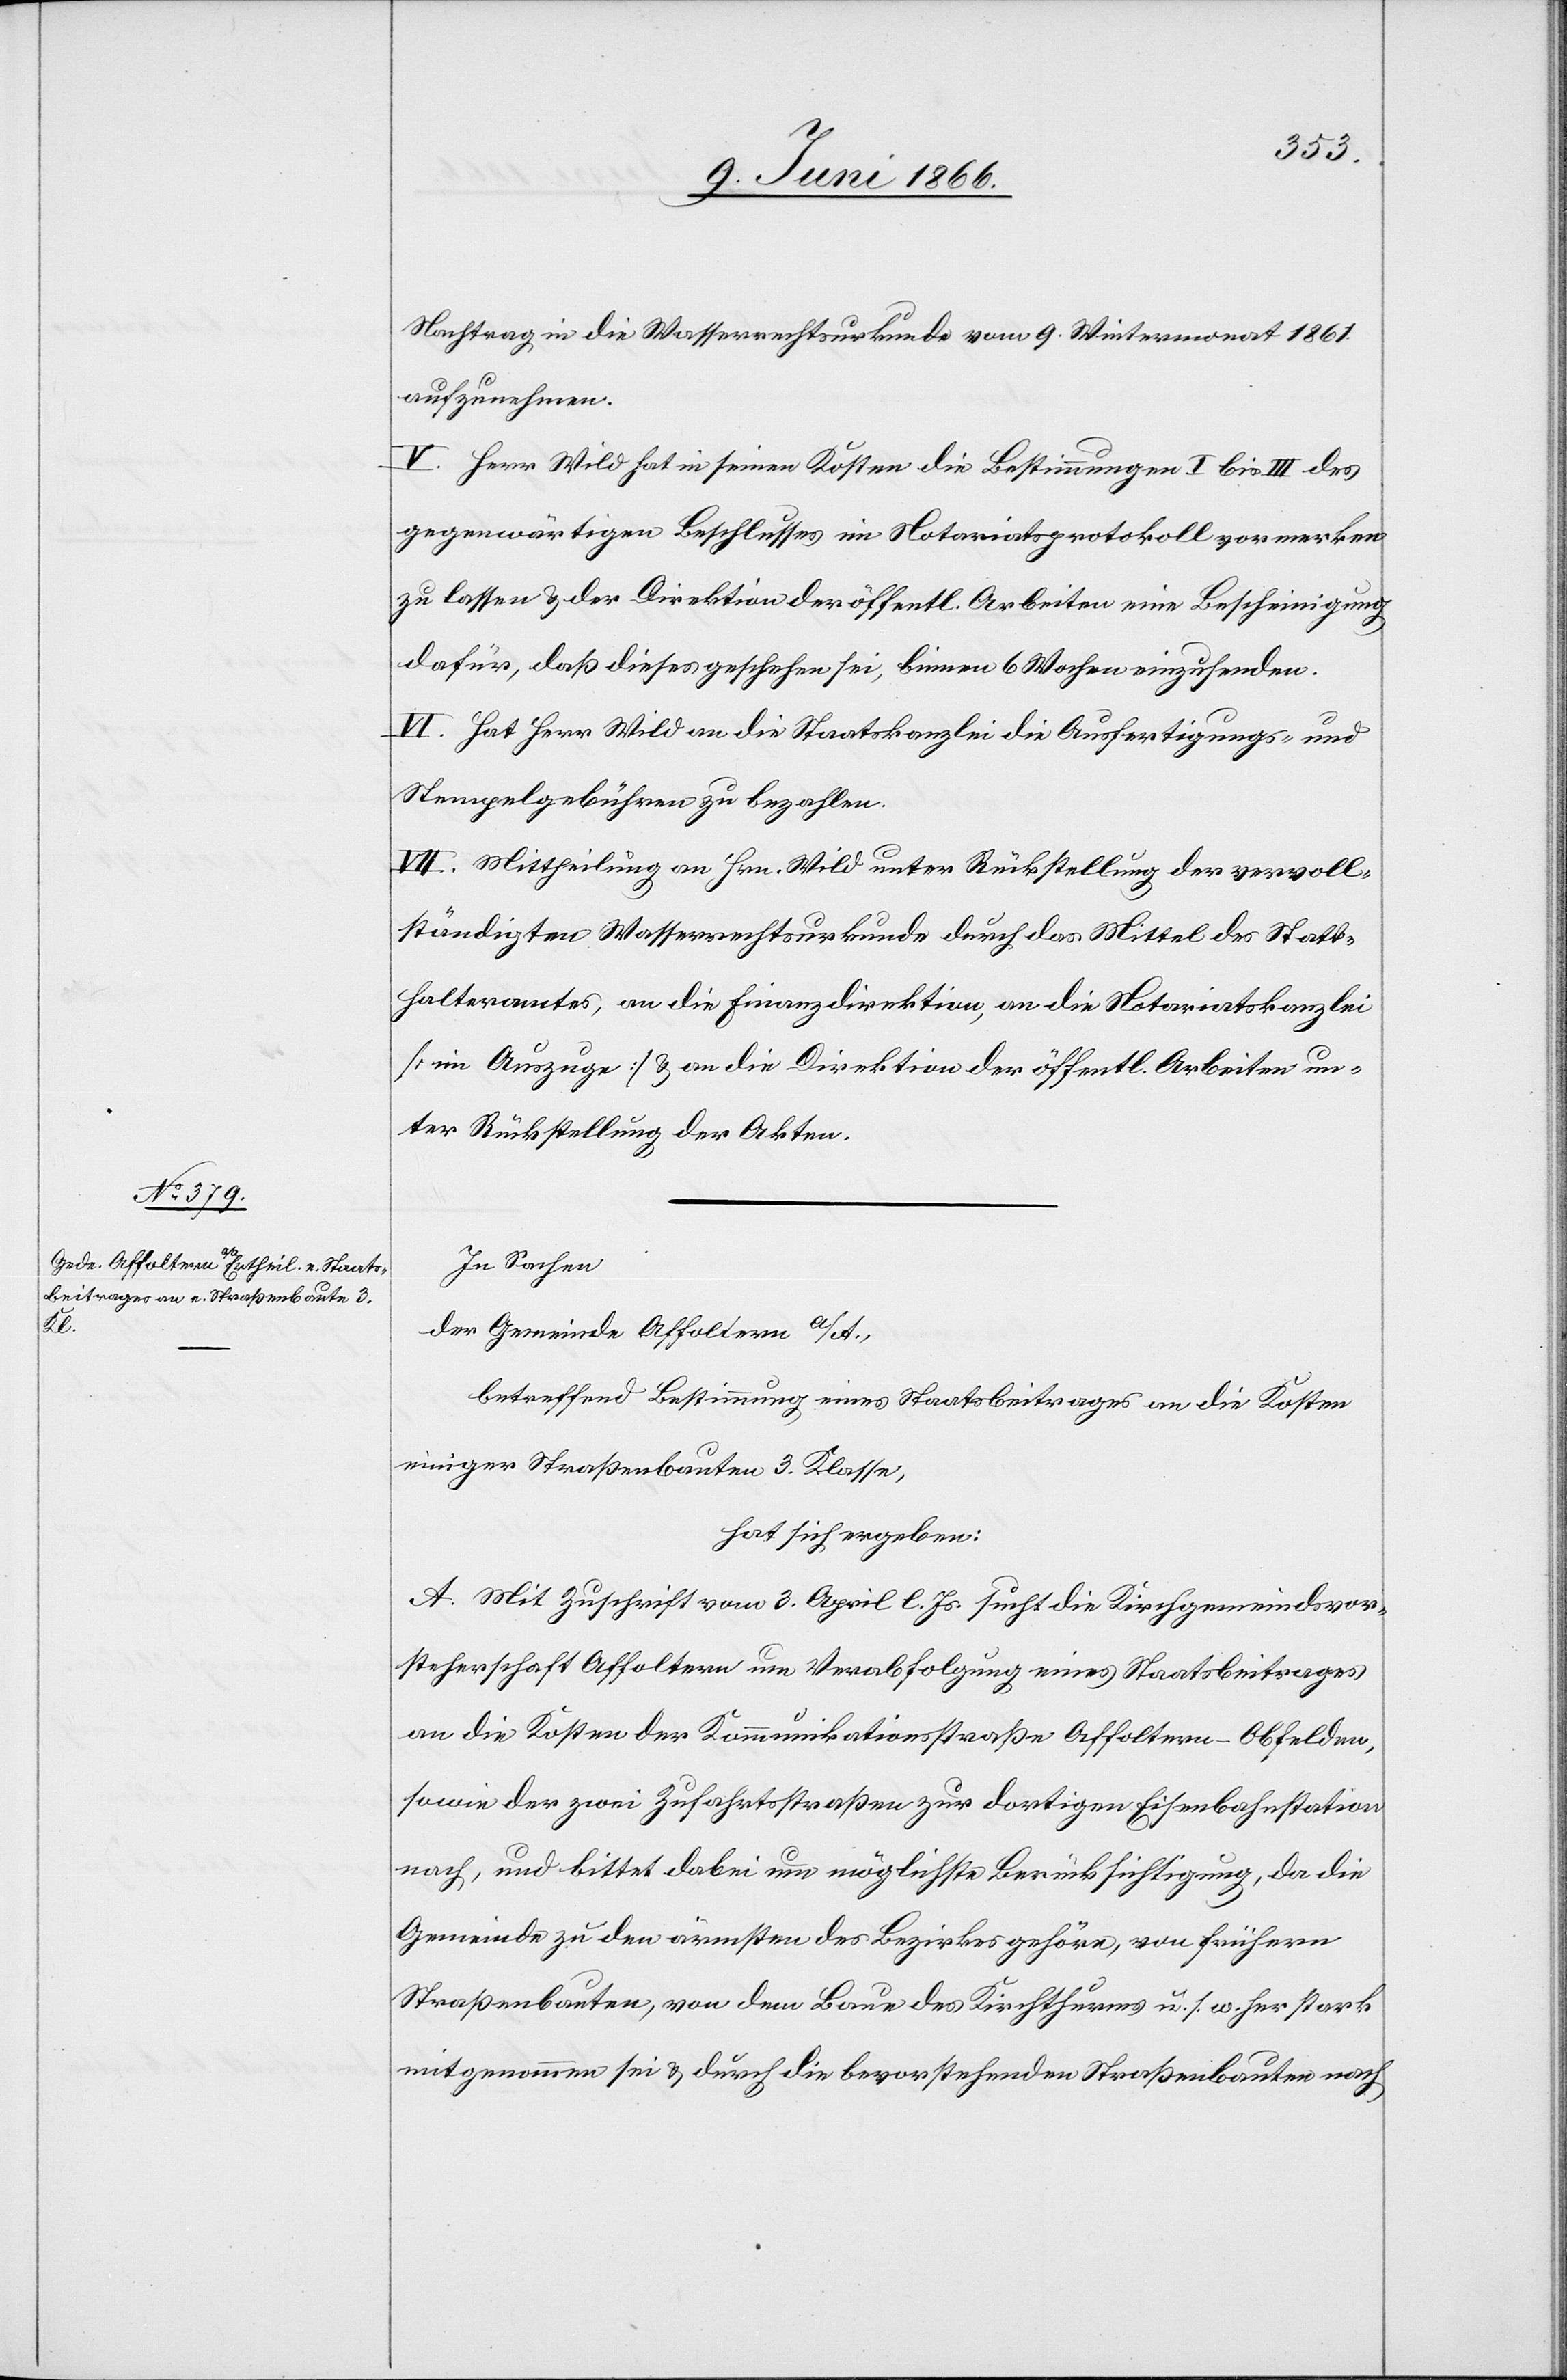
Nachtrag in die Wasserrechtskurkunde vom 9. Wintermonat 1861
aufzunehmen.
V. Herr Wild hat in seinen Kosten die Bestimmungen I bis III des
gegenwärtigen Beschlusses im Notariatsprotokoll vormerken
zu lassen u. der Direktion der öffentl. Arbeiten eine Bescheinigung
dafür, daß dieses geschehen sei, binnen 6 Wochen einzusenden.
VI. Hat Herr Wild an die Staatskanzlei die Ausfertigungs- und
Stempelgebühren zu bezahlen.
VII. Mittheilung an Hrn. Wild unter Rückstellung der vervoll¬
ständigten Wasserrechtsurkunde durch das Mittel des Statt¬
halteramtes, an die Finanzdirektion, an die Notariatskanzlei
[im Auszuge] u. an die Direktion der öffentl. Arbeiten un¬
ter Rückstellung der Akten.
In Sachen
der Gemeinde Affoltern a/A,
betreffend Bestimmung eines Staatsbeitrages an die Kosten
einiger Straßenbauten 3. Klasse,
hat sich ergeben:
A. Mit Zuschrift vom 3. April l. Js. sucht die Kirchgemeindsvor¬
steherschaft Affoltern um Verabfolgung eines Staatsbeitrages
an die Kosten der Kommunikationsstraße Affoltern–Obfelden,
sowie der zwei Zufahrtsstraßen zur dortigen Eisenbahnstation
nach, und bittet dabei um möglichste Berücksichtigung, da die
Gemeinde zu den ärmsten des Bezirkes gehöre, von frühern
Straßenbauten, von dem Baue des Kirchthurmes u. s. w. her stark
mitgenommen sei u. durch die bevorstehende Straßenbauten nach